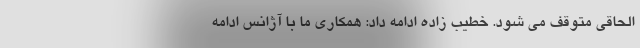
الحاقی متوقف می شود. خطیب زاده ادامه داد: همکاری ما با آژانس ادامه